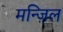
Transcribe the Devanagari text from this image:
मन्ज़िल